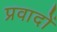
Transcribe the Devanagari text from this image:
प्रवादों